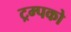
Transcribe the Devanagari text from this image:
ट्रम्पको